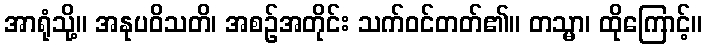
အာရုံသို့။ အနုပဝိသတိ၊ အစဉ်အတိုင်း သက်ဝင်တတ်၏။ တသ္မာ၊ ထိုကြောင့်။